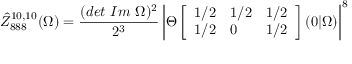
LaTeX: \hat { Z } _ { 8 8 8 } ^ { 1 0 , 1 0 } ( \Omega ) = \frac { ( d e t \ I m \ \Omega ) ^ { 2 } } { 2 ^ { 3 } } \left| \Theta \left[ \begin{array} { l l l } { { 1 / 2 } } & { { 1 / 2 } } & { { 1 / 2 } } \\ { { 1 / 2 } } & { { 0 } } & { { 1 / 2 } } \end{array} \right] ( 0 \vert \Omega ) \right| ^ { 8 }